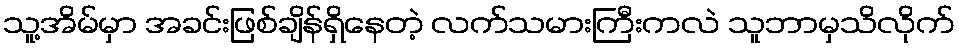
သူ့အိမ်မှာ အခင်းဖြစ်ချိန်ရှိနေတဲ့ လက်သမားကြီးကလဲ သူဘာမှသိလိုက်